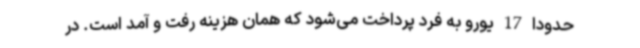
حدودا 17 یورو به فرد پرداخت می‌شود که همان هزینه رفت و آمد است. در